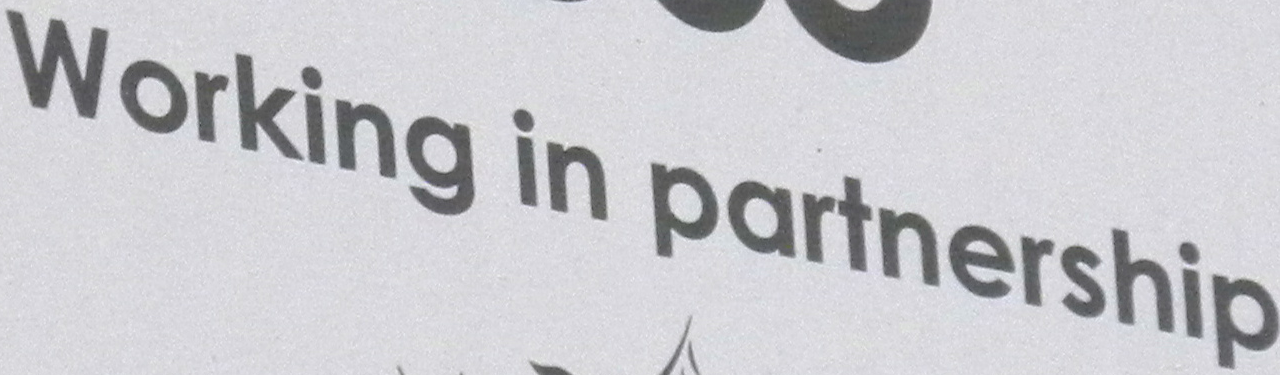
Working in partnership